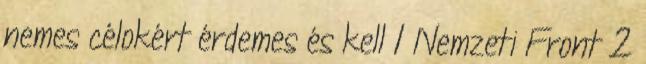
nemes célokért érdemes és kell 1 Nemzeti Front 2